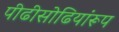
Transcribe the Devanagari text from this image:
पीढीसोढियांरूप